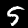
Digit: 5